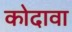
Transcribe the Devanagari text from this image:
कोदावा